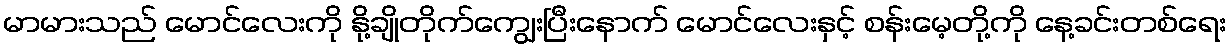
မာမားသည် မောင်လေးကို နို့ချိုတိုက်ကျွေးပြီးနောက် မောင်လေးနှင့် စန်းမေ့တို့ကို နေ့ခင်းတစ်ရေး